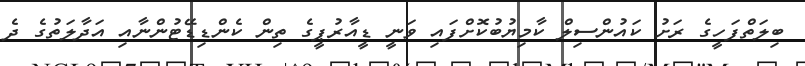
ބިލަތްފަހީގެ ރަށު ކައުންސިލް ކާމިޔުބުކޮށްފައި ވަނީ ޑީއާރުޕީގެ ތިން ކެންޑިޑޭޓުންނާއި އަދާލަތުގެ ދެ